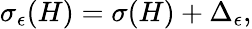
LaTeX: \begin{array}{r}{\sigma_{\epsilon}(H)=\sigma(H)+\Delta_{\epsilon},}\end{array}